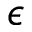
\epsilon